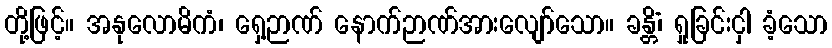
တို့ဖြင့်။ အနုလောမိကံ၊ ရှေ့ဉာဏ် နောက်ဉာဏ်အားလျော်သော။ ခန္တိံ၊ ရှုခြင်းငှါ ခံ့သော